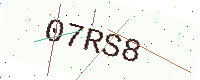
Text: 07RS8